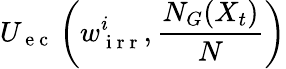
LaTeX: U_{\mathrm{~e~c~}}\left(w_{\mathrm{~i~r~r~}}^{i},\frac{N_{G}(X_{t})}{N}\right)